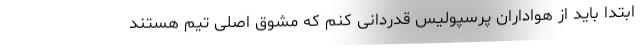
ابتدا باید از هواداران پرسپولیس قدردانی کنم که مشوق اصلی تیم هستند